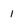
Character: 1